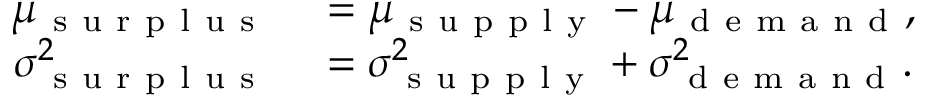
\begin{array} { r l } { \mu _ { \mathrm { ~ s ~ u ~ r ~ p ~ l ~ u ~ s ~ } } } & { { } = \mu _ { \mathrm { ~ s ~ u ~ p ~ p ~ l ~ y ~ } } - \mu _ { \mathrm { ~ d ~ e ~ m ~ a ~ n ~ d ~ } } , } \\ { \sigma _ { \mathrm { ~ s ~ u ~ r ~ p ~ l ~ u ~ s ~ } } ^ { 2 } } & { { } = \sigma _ { \mathrm { ~ s ~ u ~ p ~ p ~ l ~ y ~ } } ^ { 2 } + \sigma _ { \mathrm { ~ d ~ e ~ m ~ a ~ n ~ d ~ } } ^ { 2 } . } \end{array}